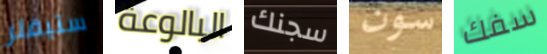
ستيفلر البالوعة سجنك سون سفك